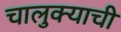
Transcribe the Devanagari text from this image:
चालुक्याची